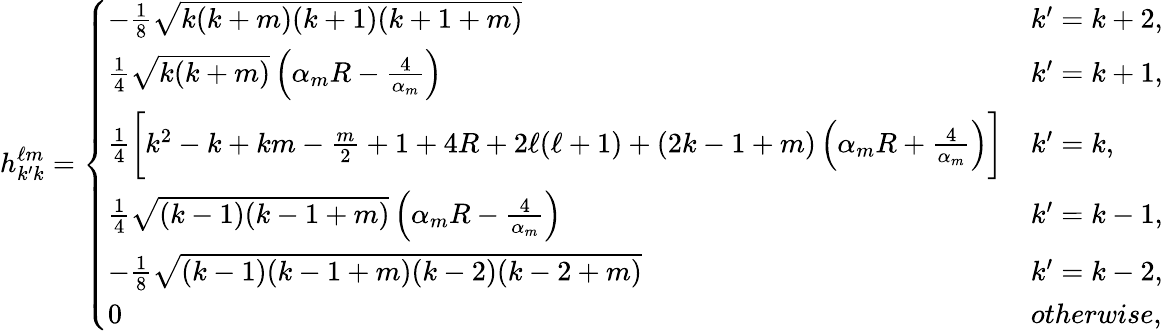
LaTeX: h_{k^{\prime}k}^{\ell m}=\left\{ \begin{array}{ll}{-\frac{1}{8}\sqrt{k(k+m)(k+1)(k+1+m)}}&{k^{\prime}=k+2,}\\ {\frac{1}{4}\sqrt{k(k+m)}\left(\alpha_{m}R-\frac{4}{\alpha_{m}}\right)}&{k^{\prime}=k+1,}\\ {\frac{1}{4}\bigg[k^{2}-k+km-\frac{m}{2}+1+4R+2\ell(\ell+1)+(2k-1+m)\left(\alpha_{m}R+\frac{4}{\alpha_{m}}\right)\bigg]}&{k^{\prime}=k,}\\ {\frac{1}{4}\sqrt{(k-1)(k-1+m)}\left(\alpha_{m}R-\frac{4}{\alpha_{m}}\right)}&{k^{\prime}=k-1,}\\ {-\frac{1}{8}\sqrt{(k-1)(k-1+m)(k-2)(k-2+m)}}&{k^{\prime}=k-2,}\\ {0}&{otherwise,}\end{array}\right.